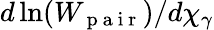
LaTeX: d\ln(W_{\mathrm{~p~a~i~r~}})/d\chi_{\gamma}